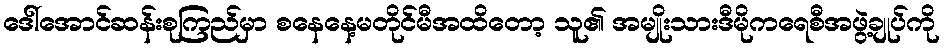
ဒေါ်အောင်ဆန်းစုကြည်မှာ စနေနေ့မတိုင်မီအထိတော့ သူ၏ အမျိုးသားဒီမိုကရေစီအဖွဲ့ချုပ်ကို